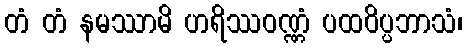
တံ တံ နမဿာမိ ဟရိဿဝဏ္ဏံ ပထဝိပ္ပဘာသံ၊